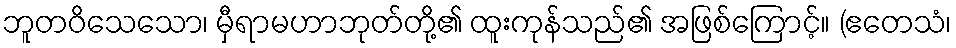
ဘူတဝိသေသော၊ မှီရာမဟာဘုတ်တို့၏ ထူးကုန်သည်၏ အဖြစ်ကြောင့်။ (ဧတေသံ၊